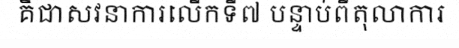
គឺជាសវនាការលើកទី៧ បន្ទាប់ពីតុលាការ